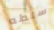
سلطه